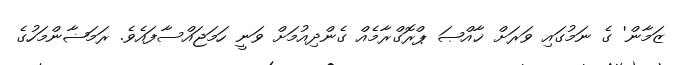
ޒަމާން' ގެ ނަމުގައި ވަރަށް ޚާއްޞަ ޕްރޮގްރާމެއް ގެންދިއުމަށް ވަނީ ހަމަޖައްސާފައެވެ. ރަމަޟާންމަހުގެ